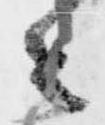
々